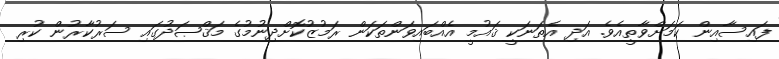
ފައިސާއިން ކަމަށްވާތީއެވެ. އަދި އެތަނަކީ ޤައުމީ އެއްބައިވަންތަކަން ރަމުޒުކޮށްދިނުމުގެ މަޤްޞަދުގައި ސަރުކާރުން ކުރި